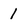
Character: 1